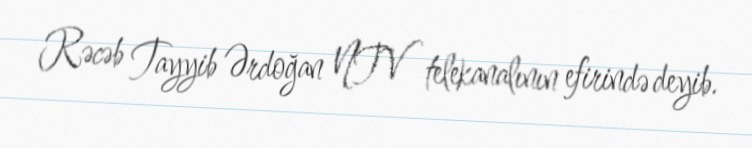
Rəcəb Tayyib Ərdoğan NTV telekanalının efirində deyib.